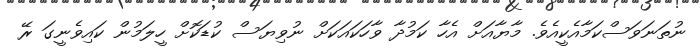
ނުތަނަވަސްކަމާއެކީއެވެ. މާޔާއަށް އެހާ ކަމުދާ ވާހަކައަކަށް ނުވިޔަސް ކުޑަކޮށް ހީލަމުން ކައިވެނީގަ ރޭ